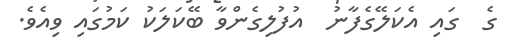
ގެ  ގައި އެކަލޭގެފާނު  އުފުލިގެންވާ ބޭކަލަކު ކަމުގައި ވިއެވެ.